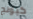
كيونج